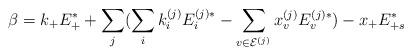
LaTeX: \begin{align*}\beta=k_+E_+^*+\sum_j(\sum_i k^{(j)}_i E_i^{(j)*}-\sum_{v\in \mathcal{E}^{(j)}}x^{(j)}_v E_v^{(j)*})-x_+E^*_{+s}\end{align*}